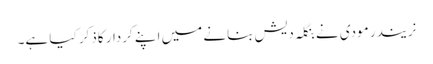
نریندر مودی نے بنگلہ دیش بنانے میں اپنے کردار کاذکر کیا ہے۔